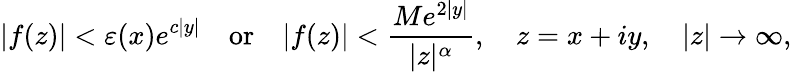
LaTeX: \vert f(z)\vert<\varepsilon(x)e^{c\vert y\vert}\quad\textrm{or}\quad\vert f(z)\vert<\frac{Me^{2\vert y\vert}}{\vert z\vert^{\alpha}},\quad z=x+iy,\quad\vert z\vert\to\infty,